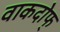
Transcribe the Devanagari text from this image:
वाकदोफ्